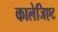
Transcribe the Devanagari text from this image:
कालेजिएट